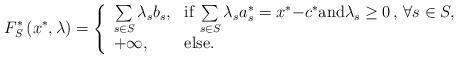
LaTeX: \begin{align*}F_{S}^{\ast }\left( {{x^{\ast }},{\lambda }}\right) =\left\{ {\begin{array}{ll}{{{\sum\limits_{s\in S}{{\lambda _{s}b_{s}}}}},} & {\mathrm{if}\;{{{\sum\limits_{s\in S}{{\lambda _{s}a_{s}^{\ast }}}}}}}=x^{\ast }{{-c^{\ast }}}\mathrm{and}{{\lambda _{s}\geq 0\,,\ }\forall }s\in S, \\ {+\infty ,} & {\mathrm{else.}}\end{array}}\right. \end{align*}